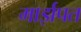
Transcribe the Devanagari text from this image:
मार्झपत